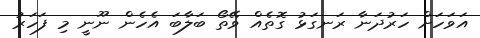
އަވަހަށް ހަރުދަނާ ރަނގަޅު ގޮތެއް ވޭތޯ ބަލާބަ އެހެން ނޫނީ މި ފަހަރު